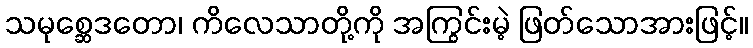
သမုစ္ဆေဒတော၊ ကိလေသာတို့ကို အကြွင်းမဲ့ ဖြတ်သောအားဖြင့်။